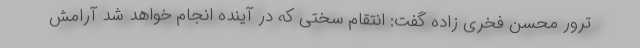
ترور محسن فخری زاده گفت: انتقام سختی که در آینده انجام خواهد شد آرامش